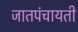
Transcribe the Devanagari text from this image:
जातपंचायती